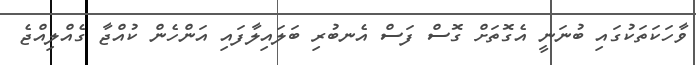
ވާހަކަތަކުގައި ބުނަނީ އެގޮތަށް ގޮސް ފަސް އެނބުރި ބަލައިލާފައި އަންހެން ކުއްޖާ ގެއްލިއްޖެ